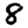
Digit: 8